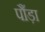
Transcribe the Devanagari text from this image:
पौंड़ा